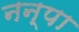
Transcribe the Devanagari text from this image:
नन्पा